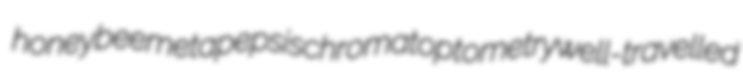
honeybee metapepsis chromatoptometry well-travelled